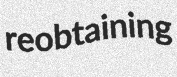
reobtaining